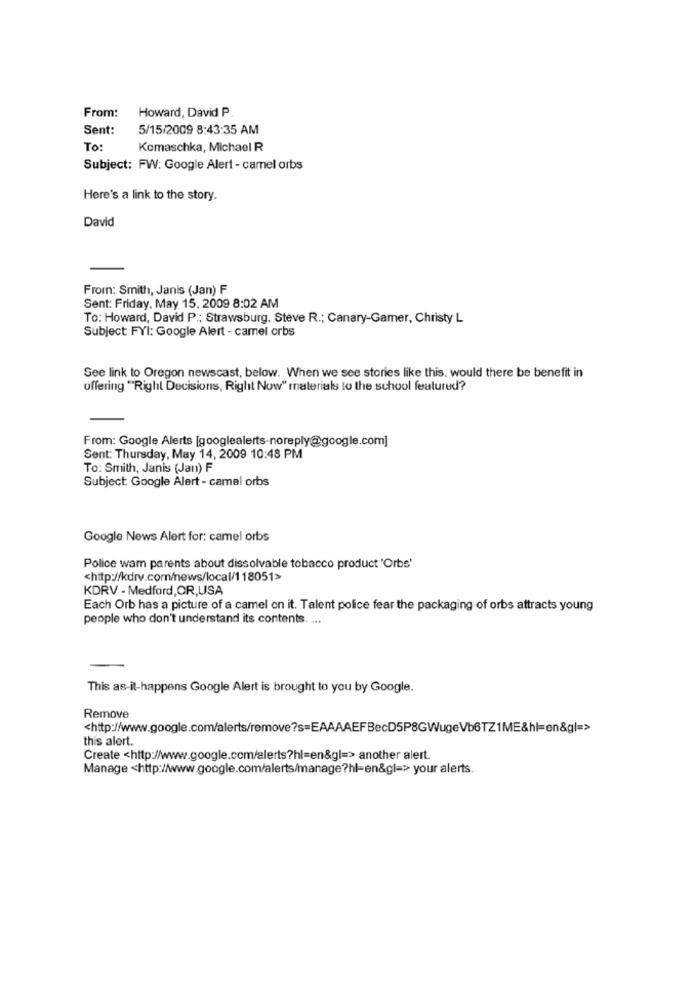
Howard, David P
From:
Sent:
5/15/2009 8:43:35 AM
To
Komaschka, Michael R
Subject: FW: Google Alert - camel orbs
Here's a link to the story.
David
From: Smith, Janis (Jan) F
Sent: Friday, May 15, 2009 8:02 AM
To: Howard, David P .; Strawsburg. Steve R .; Canary-Gamer, Christy L
Subject FYI: Google Alert - camel orbs
See link to Oregon newscast, below. When we see stories like this, would there be benefit in
offering "Right Decisions, Right Now" materials to the school featured?
From: Google Alerts [googlealerts-noreply@google.com]
Sent: Thursday, May 14, 2009 10:48 PM
To: Smith, Janis (Jan) F
Subject: Google Alert - camel orbs
Google News Alert for: camel orbs
Police wam parents about dissolvable tobacco product 'Orbs'
<http://kdrv.com/news/local/118051>
KDRV - Medford, OR,USA
Each Orb has a picture of a camel on it. Talent police fear the packaging of orbs attracts young
people who don't understand its contents. ...
This as-it-happens Google Alert is brought to you by Google.
Remove
<http://www.google.com/alerts/remove?s=EAAAAEFBecD5P8GWugeVb6TZ1ME&hl=en&g|=>
this alert.
Create <http://www.google.com/alerts?hl=en&gl=> another alert.
Manage <http://www.google.com/alerts/manage?hl=en&gl=>> your alerts.